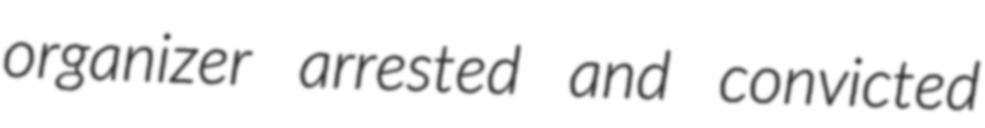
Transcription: organizer arrested and convicted